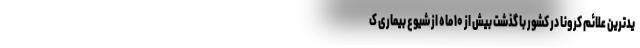
یدترین علائم کرونا در کشور با گذشت بیش از ۱۰ ماه از شیوع بیماری ک